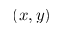
( x , y )